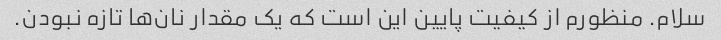
سلام. منظورم از کیفیت پایین این است که یک مقدار نان‌ها تازه نبودن.